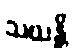
သယန္တိ